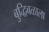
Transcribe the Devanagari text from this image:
बुद्धिबळाला